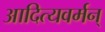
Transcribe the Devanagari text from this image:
आदित्यवर्मन्‌